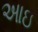
આઇ